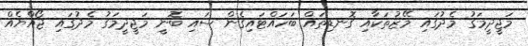
މަޖީދީމަގު މެދުގައި މޭޒުތަކާއި ގޮނޑިތައް ބަހައްޓައިގެން ސައި ބޮނީ މަޖީދީމަގު މެދުގައި ޖޯއްޔެއް